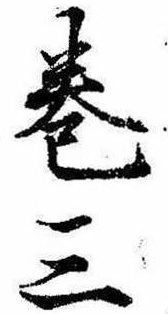
巻三